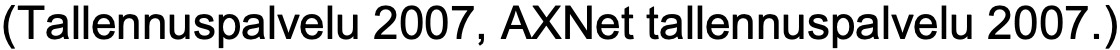
(Tallennuspalvelu 2007, AXNet tallennuspalvelu 2007.)